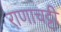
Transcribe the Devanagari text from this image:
राणाचट्टी